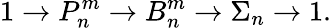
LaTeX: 1\to P_{n}^{m}\to B_{n}^{m}\to\Sigma_{n}\to 1.